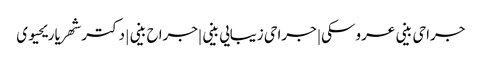
جراحی بینی عروسکی | جراحی زیبایی بینی |جراح بینی | دکتر شهریار یحیوی